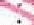
: